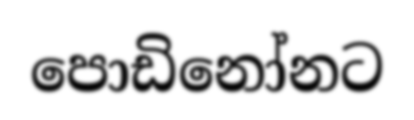
පොඩිනෝනට